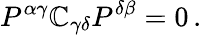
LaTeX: P^{\alpha\gamma}\mathbb{C}_{\gamma\delta}P^{\delta\beta}=0\, .